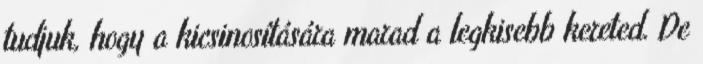
tudjuk, hogy a kicsinosítására marad a legkisebb kereted. De